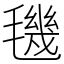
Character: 𣰈